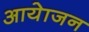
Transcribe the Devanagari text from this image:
आयेाजन